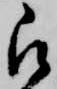
被